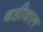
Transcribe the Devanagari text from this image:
बडीवाल